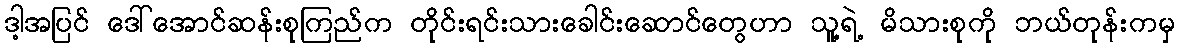
ဒါ့အပြင် ဒေါ်အောင်ဆန်းစုကြည်က တိုင်းရင်းသားခေါင်းဆောင်တွေဟာ သူ့ရဲ့ မိသားစုကို ဘယ်တုန်းကမှ